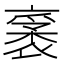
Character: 𧛙